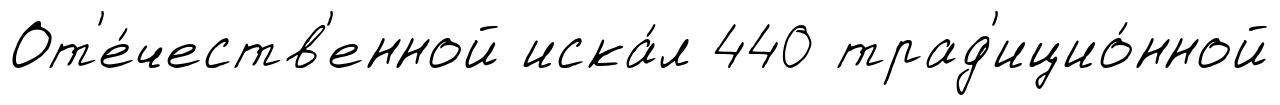
От'е́честв'енной иска́л 440 трад'ицио́нной